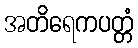
အတိရေကပတ္တံ